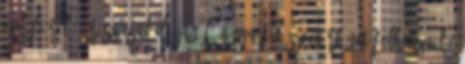
Egy fiúról 7. rész családi, anál, anya-fia szextörténet Felhasználói